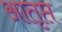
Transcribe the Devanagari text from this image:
आतृप्त